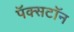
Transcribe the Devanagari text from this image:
पॅक्सटॉन